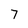
Character: 7